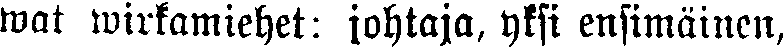
wat wirkamiehet: johtaja, yksi ensimäinen,